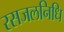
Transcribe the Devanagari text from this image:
रसजलनिधि